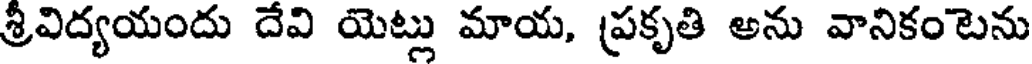
శ్రీవిద్యయందు దేవి యెట్లు మాయ, ప్రకృతి అను వానికంటెను